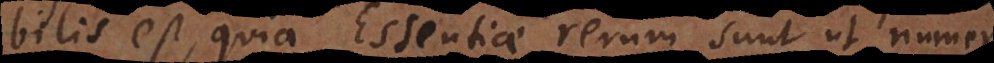
bilis est, quia Essentiae rerum sunt ut numeri